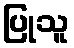
ပြုသူ